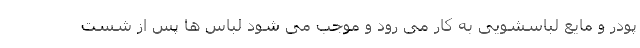
پودر و مایع لباسشویی به کار می رود و موجب می شود لباس ها پس از شست